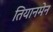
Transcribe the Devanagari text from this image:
तियानमेन